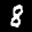
Label: 8